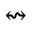
\leftrightsquigarrow